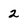
Character: 2